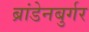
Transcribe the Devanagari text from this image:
ब्रांडेनबुर्गर